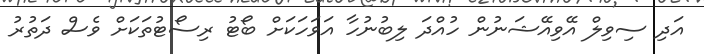
އަދި ސިވިލް އޭވިއޭޝަނުން ހުއްދަ ލިބުނުހާ އަވަހަކަށް ބޯޓު ރިސޯޓުތަކަށް ވެސް ދަތުރު